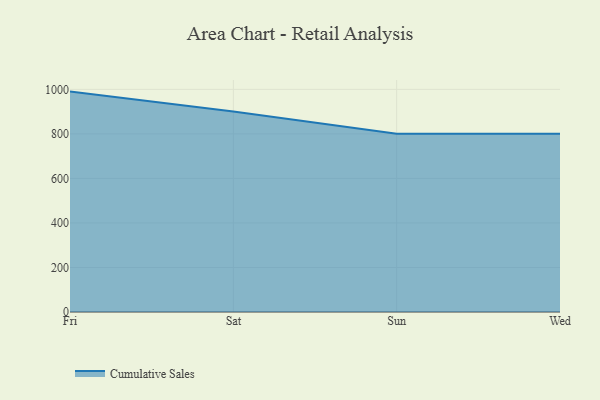
{"axis": {"x": "Day", "y": "Conversion Rate (%)"}, "legend": ["Cumulative Sales"], "data": [{"x": "Fri", "y": 989.8, "type": "Cumulative Sales"}, {"x": "Sat", "y": 900.8, "type": "Cumulative Sales"}, {"x": "Sun", "y": 800, "type": "Cumulative Sales"}, {"x": "Wed", "y": 800, "type": "Cumulative Sales"}]}